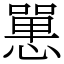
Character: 𢠸